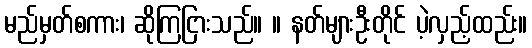
မည်မှတ်စကား၊ ဆိုကြငြားသည်။ ။ နတ်များဦးတိုင် ပဲ့လှည့်ထည်း။